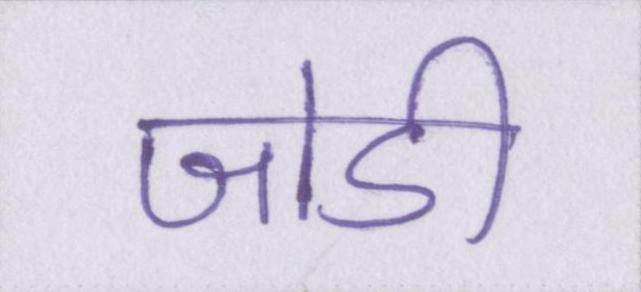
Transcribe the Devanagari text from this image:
जोडी